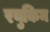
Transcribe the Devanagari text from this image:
रयुकिन